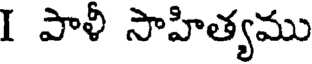
I పాళీ సాహిత్యము